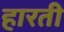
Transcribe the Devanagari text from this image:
हारती